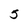
Character: 5